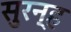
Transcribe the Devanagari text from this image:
सुरन्ह